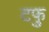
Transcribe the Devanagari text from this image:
टफु